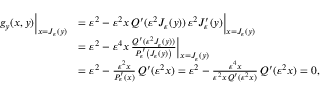
\begin{array} { r l } { g _ { y } ( x , y ) \Big | _ { x = J _ { \varepsilon } ( y ) } } & { = \varepsilon ^ { 2 } - \varepsilon ^ { 2 } x \, Q ^ { \prime } ( \varepsilon ^ { 2 } J _ { \varepsilon } ( y ) ) \, \varepsilon ^ { 2 } J _ { \varepsilon } ^ { \prime } ( y ) \Big | _ { x = J _ { \varepsilon } ( y ) } } \\ & { = \varepsilon ^ { 2 } - \varepsilon ^ { 4 } x \, \frac { Q ^ { \prime } ( \varepsilon ^ { 2 } J _ { \varepsilon } ( y ) ) } { P _ { \varepsilon } ^ { \prime } \left( J _ { \varepsilon } ( y ) \right) } \Big | _ { x = J _ { \varepsilon } ( y ) } } \\ & { = \varepsilon ^ { 2 } - \frac { \varepsilon ^ { 2 } x } { P _ { \varepsilon } ^ { \prime } ( x ) } \, Q ^ { \prime } ( \varepsilon ^ { 2 } x ) = \varepsilon ^ { 2 } - \frac { \varepsilon ^ { 4 } x } { \varepsilon ^ { 2 } x \, Q ^ { \prime } ( \varepsilon ^ { 2 } x ) } \, Q ^ { \prime } ( \varepsilon ^ { 2 } x ) = 0 , } \end{array}